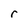
Character: r